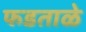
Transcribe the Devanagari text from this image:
फडताळे